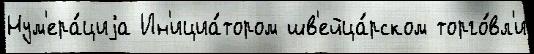
Нум'ера́циjа Ин'ициа́тором шв'ейца́рском торго́вл'и